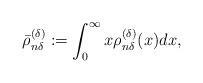
LaTeX: \begin{align*}{\bar \rho}^{(\delta )}_{ n \delta } := \int_0^\infty x \rho^{(\delta)}_{n\delta}(x) dx ,\end{align*}